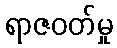
ရာဇဝတ်မှု